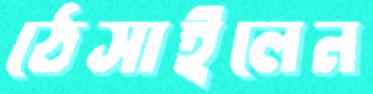
ঠেসাইলেন